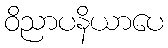
ဝိညာပနိယာပေ